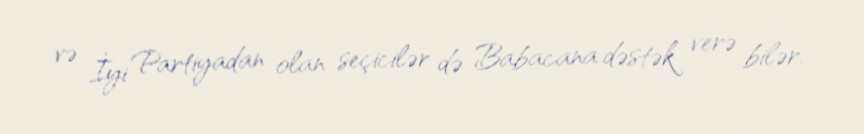
və İyi Partiyadan olan seçicilər də Babacana dəstək verə bilər.